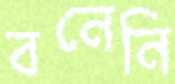
বনেনি